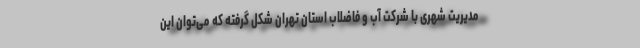
مدیریت شهری با شرکت آب و فاضلاب استان تهران شکل گرفته که می‌توان این